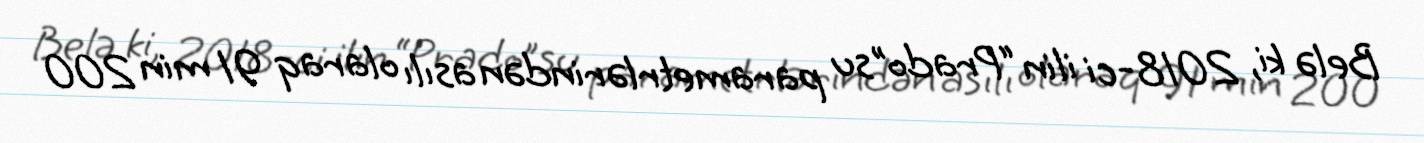
Belə ki, 2018-ci ilin “Prado”su parametrlərindən asılı olaraq 91 min 200